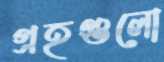
গ্রহগুলো